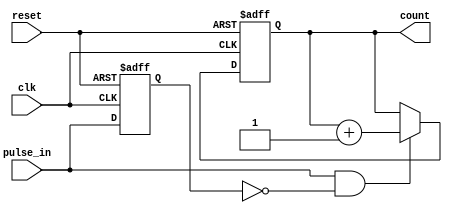
module pulse_counter (
    input wire clk,           // Clock signal
    input wire reset,         // Asynchronous reset signal
    input wire pulse_in,      // Pulse input signal
    output reg [3:0] count    // 4-bit count output
);

    // State to hold the last pulse state for edge detection
    reg last_pulse_state;

    always @(posedge clk or posedge reset) begin
        if (reset) begin
            // Reset the counter to zero
            count <= 4'b0000;
            last_pulse_state <= 1'b0; // Initialize last pulse state
        end else begin
            // Detect rising edge of the pulse input
            if (pulse_in && !last_pulse_state) begin
                // Increment the counter on rising edge
                count <= count + 1;
            end
            // Update last pulse state
            last_pulse_state <= pulse_in;
        end
    end

endmodule